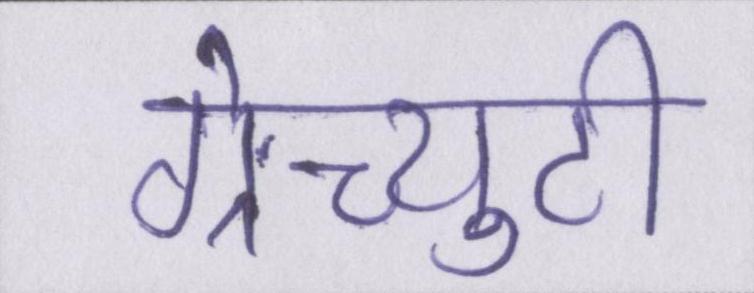
ग्रेच्युटी